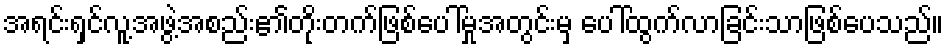
အရင်းရှင်လူ့အဖွဲ့အစည်း၏တိုးတက်ဖြစ်ပေါ်မှုအတွင်းမှ ပေါ်ထွက်လာခြင်းသာဖြစ်ပေသည်။